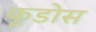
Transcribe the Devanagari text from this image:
कूडोस